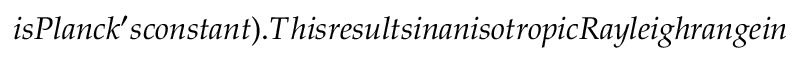
i s P l a n c k ^ { \prime } s c o n s t a n t ) . T h i s r e s u l t s i n a n i s o t r o p i c R a y l e i g h r a n g e i n